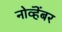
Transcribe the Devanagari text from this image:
नोव्हॆंबर